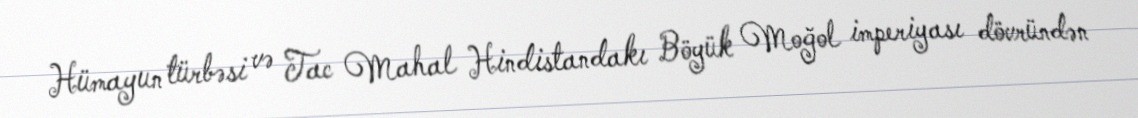
Hümayun türbəsi və Tac Mahal Hindistandakı Böyük Moğol imperiyası dövründən